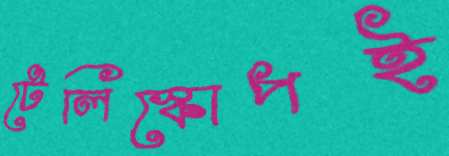
টেলিস্কোপই